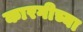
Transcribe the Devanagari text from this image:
कारगीच्या